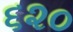
૬૨૦